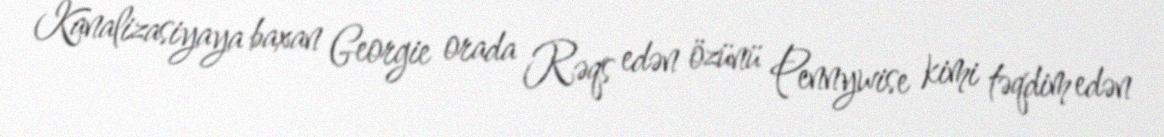
Kanalizasiyaya baxan Georgie orada Rəqs edən özünü Pennywise kimi təqdim edən